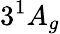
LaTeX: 3^{1}A_{g}